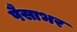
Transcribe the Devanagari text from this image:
पैसाभर